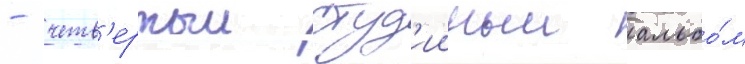
- четв'ертыи студ'ииныи альбо́м